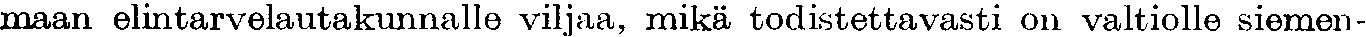
maan elintarvelautakunnalle viljaa, mikä todistettavasti on valtiolle siemen-